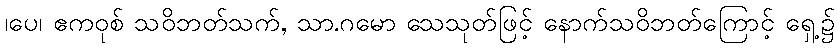
၊ပေ၊ ဧကဝုစ် သဝိဘတ်သက်, သာ.ဂမော သေသုတ်ဖြင့် နောက်သဝိဘတ်ကြောင့် ရှေ့၌